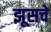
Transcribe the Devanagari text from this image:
झूसचे